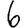
Digit: 6